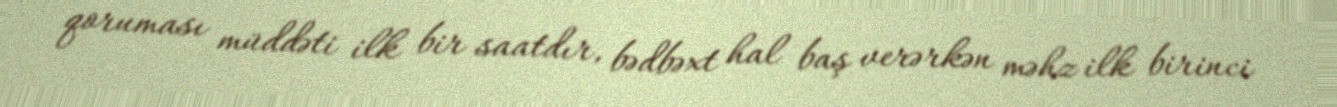
qoruması müddəti ilk bir saatdır, bədbəxt hal baş verərkən məhz ilk birinci